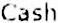
CASH